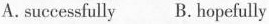
A. successfully B. hopefully